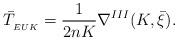
LaTeX: \begin{align*}\bar{T}_{{\small _{EUK}}}=\frac{1}{2nK}\nabla^{III}(K,\bar{\xi}). \end{align*}